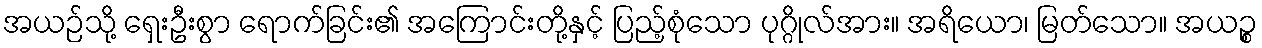
အယဉ်သို့ ရှေးဦးစွာ ရောက်ခြင်း၏ အကြောင်းတို့နှင့် ပြည့်စုံသော ပုဂ္ဂိုလ်အား။ အရိယော၊ မြတ်သော။ အယဉ္စ